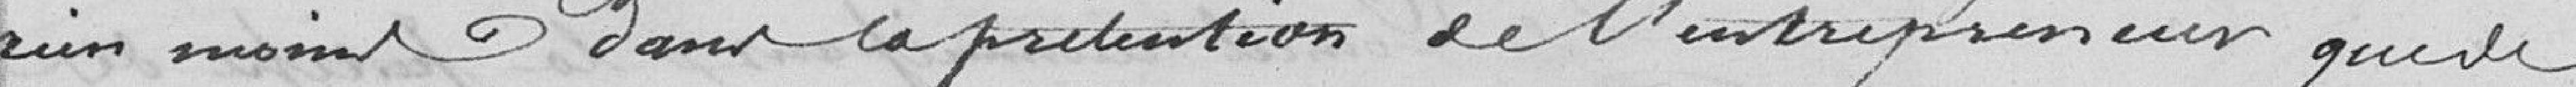
rien moins dans la prétention de l'entrepreneur que de